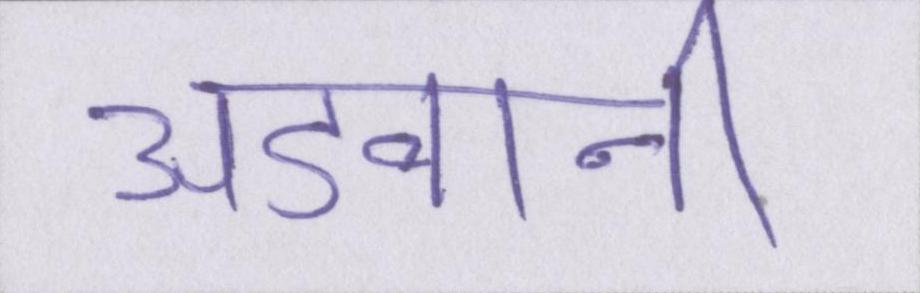
अडवानी